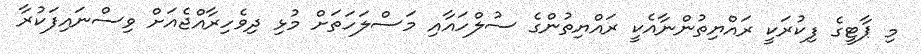
މި ޕާޓީގެ ފިކުރަކީ ރައްޔިތުންނާއެކީ ރައްޔިތުންގެ ސުލްހައާއި މަސްލަހަތަށް މުޅި ދިވެހިރާއްޖެއަށް ވިސްނައިފަކުރާ